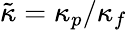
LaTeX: {\tilde{\kappa}}=\kappa_{p}/\kappa_{f}